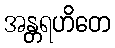
အန္တရဟိတေ